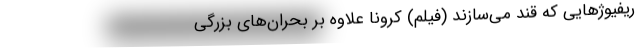
ریفیوژ‌هایی که قند می‌سازند (فیلم) کرونا علاوه بر بحران‌های بزرگی